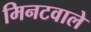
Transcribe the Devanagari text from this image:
मिनटवाले